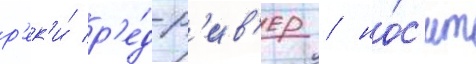
р'ек'и́ р'е́д-р'ив'ер / но́с'ит